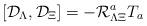
LaTeX: \begin{align*}\left[ {\cal D}_\Lambda ,{\cal D}_\Xi \right] = -{\cal R}^a_{\Lambda \Xi }T_a \end{align*}